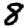
Digit: 8